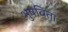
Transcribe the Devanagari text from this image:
भुषविता